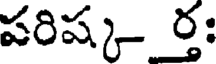
పరిష్క- ర్తః